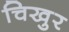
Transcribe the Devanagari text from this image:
चिखुर